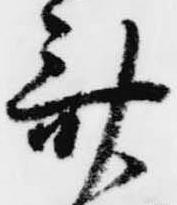
斎